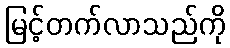
မြင့်တက်လာသည်ကို